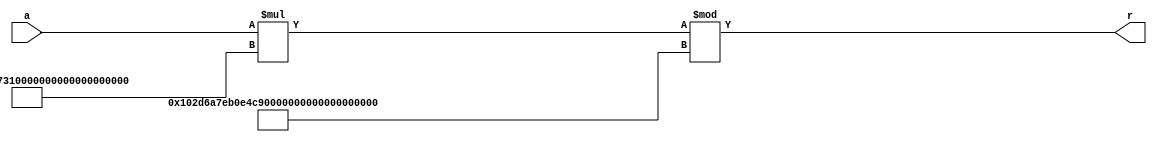
module mult_const_64_bit_mod(
     a,
     r
    );

input [8:1] a;
output [129:1] r;

assign r = (a * 128'd324167785992983736249587182700260749056)% 129'd344055380225682124976555721516227666176;

endmodule